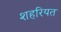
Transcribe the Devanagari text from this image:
शहरियत